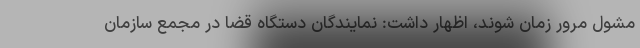
مشول مرور زمان شوند، اظهار داشت: نمایندگان دستگاه قضا در مجمع سازمان